Regulations for the medical services of the Army of India
Year: 1930
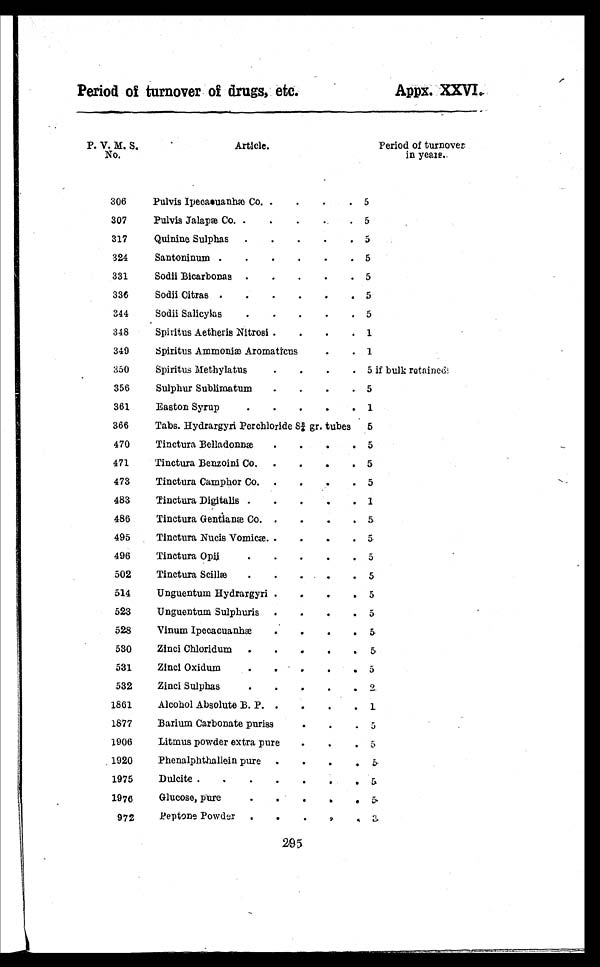
Period of turnover of drugs, etc.
Appx. XXVI.
P. V. M. S.
No.
Article.
Period of turnover
in years.
306
Pulvis Ipecaeuanhæ Co. .
.
.
. 5
307
Pulvis Jalapæ Co. .
.
.
. 5
317
Quinine Sulphas .
.
.
.
. 5
324
Santoninum .
.
.
.
.
. 5
331
Sodii Bicarbonas .
.
.
.
. 5
336
Sodii Citras .
.
.
.
.
. 5
344
Sodii Salicylas
.
.
.
.
. 5
348
Spiritus Aetheris Nitrosi .
.
.
. 1
349
Spiritus Ammoniæ Aromattcus . . 1
350
Spiritus Methylatus
.
.
.
. 5 if bulk retained
356
Sulphur Sublimatum
.
.
.
. 5
361
Easton Syrup
.
.
.
.
. 1
366
Tabs. Hydrargyri Perchloride 8 8/4 gr. tubes
5
470
Tinctura Belladonnæ
.
.
.
. 5
471
Tinctura Benzoini Co. .
.
.
. 5
473
Tinctura Camphor Co. .
.
.
. 5
483
Tinctura Digitalis .
.
.
.
. 1
486
Tinctura Gentianæ C o .
. . . . 5
495
Tinctura Nucis Vomicæ. .
.
.
. 5
496
Tinctura Opii
.
.
.
.
. 5
502
Tinctura Scillæ
.
.
.
.
. 5
514
Unguentum Hydrargyri .
.
.
. 5
523
Unguentum Sulphuris .
.
.
. 5
528
Vinum Ipecacuanhæ
.
. . . 5
530
Zinci Chloridum .
.
. . . 5
531
Zinci Oxidum . . . . . 5
532
Zinci Sulphas
.
.
. . . 2
1861
Alcohol Absolute B. P. .
.
.
. 1
1877
Barium Carbonate puriss
. . . 5
1906
Litmus powder extra pure
.
. . 5
1920
Phenalphthallein pure .
.
.
. 5
1975
Dulcite .
.
.
.
. . . 5
1976
Glucose, pure . . .
. .
5
972
Peptone Powder .
.
.
. . 3
295